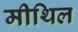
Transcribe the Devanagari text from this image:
मीथिल